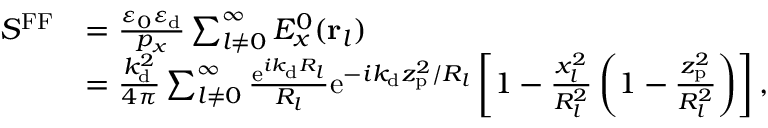
\begin{array} { r l } { S ^ { \mathrm { F F } } } & { = \frac { \varepsilon _ { 0 } \varepsilon _ { \mathrm { d } } } { p _ { x } } \sum _ { l \neq 0 } ^ { \infty } E _ { x } ^ { 0 } ( { \bf r } _ { l } ) } \\ & { = \frac { k _ { \mathrm { d } } ^ { 2 } } { 4 \pi } \sum _ { l \neq 0 } ^ { \infty } \frac { \mathrm { e } ^ { i k _ { \mathrm { d } } R _ { l } } } { R _ { l } } \mathrm { e } ^ { - i k _ { \mathrm { d } } z _ { \mathrm { p } } ^ { 2 } / R _ { l } } \left[ 1 - \frac { x _ { l } ^ { 2 } } { R _ { l } ^ { 2 } } \left( 1 - \frac { z _ { \mathrm { p } } ^ { 2 } } { R _ { l } ^ { 2 } } \right) \right] , } \end{array}